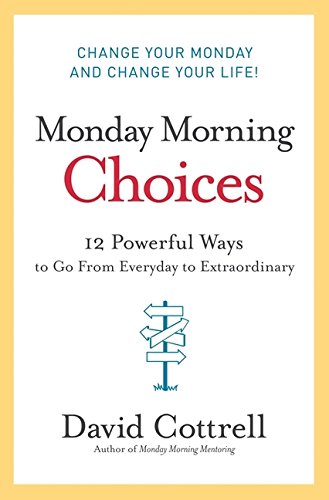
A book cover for Monday Morning Choices: 12 Powerful Ways to Go from Everyday to Extraordinary; David Cottrell; Business & Money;